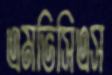
এমভিসিএস